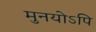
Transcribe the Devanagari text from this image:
मुनयोऽपि